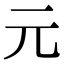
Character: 元